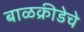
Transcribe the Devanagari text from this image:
बाळक्रीडेचे